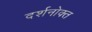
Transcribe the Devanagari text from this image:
दर्शनोक्त